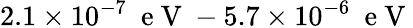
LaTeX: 2.1\times 10^{-7}\ \mathrm{~e~V~}-5.7\times 10^{-6}\ \mathrm{~e~V~}